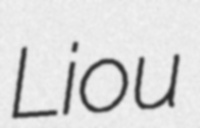
Liou